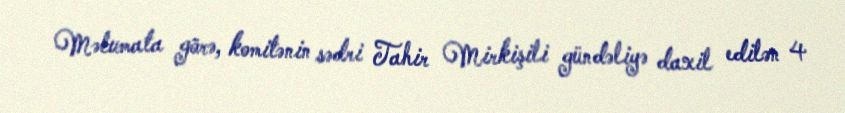
Məlumata görə, komitənin sədri Tahir Mirkişili gündəliyə daxil edilən 4